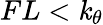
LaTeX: FL<\mathit{k}_{\theta}